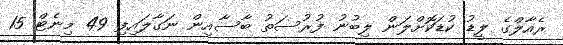
ރެއާލްގެ ލީޑު ކުޑަކޮށްލަން ލިބުނު ފުރުސަތު ބާސާއިން ނަގާލައިފި 49 މިނެޓް 15